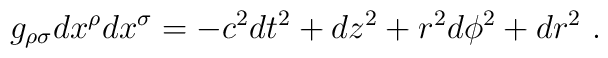
g_{\rho\sigma}dx^\rho dx^\sigma=-c^2 dt^2+dz^2+r^2d\phi^2+dr^2\ .